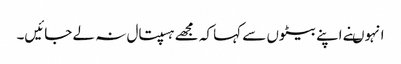
انہوںنے اپنے بیٹوں سے کہا کہ مجھے ہسپتال نہ لے جائیں۔